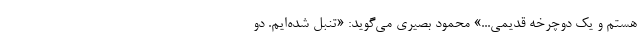
هستم و یک دوچرخه قدیمی...» محمود بصیری می‌گوید: «تنبل شده‌ایم. دو